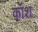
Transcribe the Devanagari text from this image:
कॉश